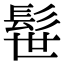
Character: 髰